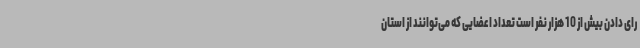
رای دادن بیش از 10 هزار نفر است تعداد اعضایی که می‌توانند از استان